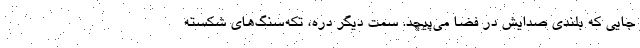
جایی که بلندی صدایش در فضا می‌پیچد. سمت دیگر دره، تکه‌سنگ‌های شکسته